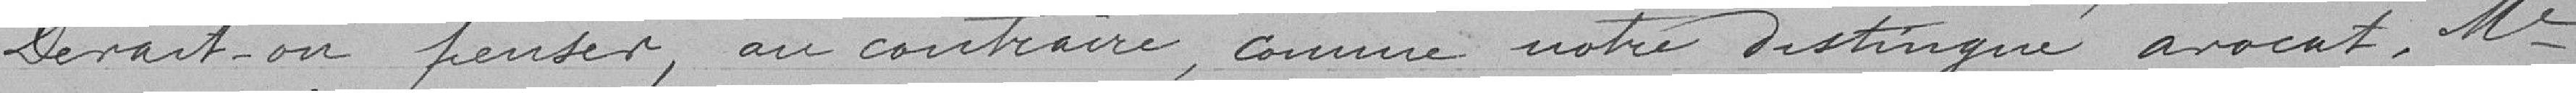
Devrait-on penser, au contraire, comme notre distingué avocat, Maitre